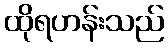
ထိုရဟန်းသည်